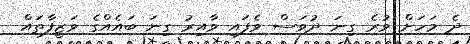
ދެ މަހަށް ވުރެ ގިނަ ދުވަސް ވެފައި ވާއިރު ގިނަ ބައެއްގެ ވަޒީފާތައް